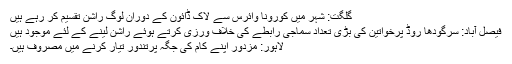
گلگت: شہر میں کورونا وائرس سے لاک ڈائون کے دوران لوگ راشن تقسیم کر رہے ہیں
فیصل آباد: سرگودھا روڈ پرخواتین کی بڑی تعداد سماجی رابطے کی خلاف ورزی کرتے ہوئے راشن لینے کے لئے موجود ہیں
لاہور: مزدور اپنے کام کی جگہ پرتندور تیار کرنے میں مصروف ہیں۔